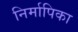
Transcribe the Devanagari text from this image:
निर्मापिका